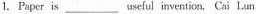
1.Peper is ___ useful invention. Cai L.Un